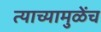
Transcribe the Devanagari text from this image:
त्याच्यामुळेंच